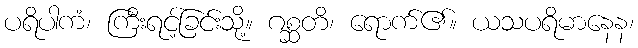
ပရိပါကံ၊ ကြီးရင့်ခြင်းသို့။ ဂစ္ဆတိ၊ ရောက်၏။ ယသပရိမာနေန၊